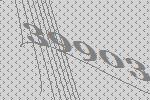
39903